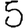
Digit: 5